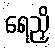
ရေညှိ